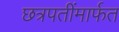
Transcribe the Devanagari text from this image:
छत्रपतींमार्फत